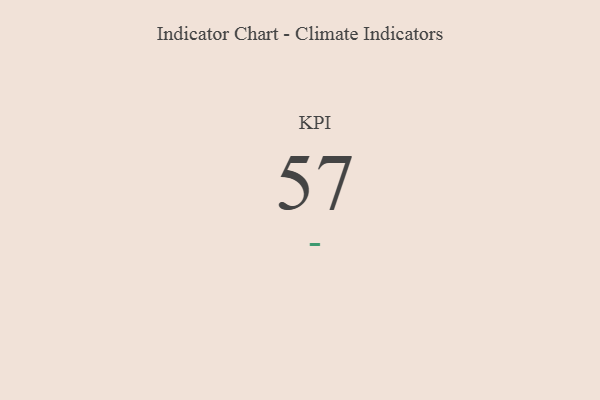
{"axis": {"x": "KPI", "y": "Value"}, "legend": [""], "data": [{"x": "KPI", "y": 57, "type": ""}]}